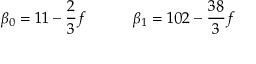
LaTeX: \beta _ { 0 } = 1 1 - \frac { 2 } { 3 } f \qquad \quad \beta _ { 1 } = 1 0 2 - \frac { 3 8 } { 3 } f